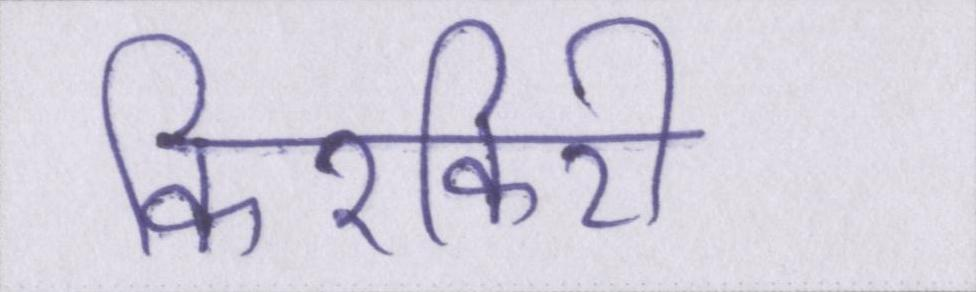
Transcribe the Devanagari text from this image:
किरकिरी